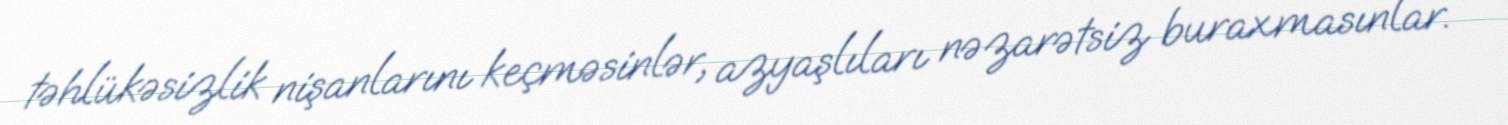
təhlükəsizlik nişanlarını keçməsinlər, azyaşlıları nəzarətsiz buraxmasınlar.